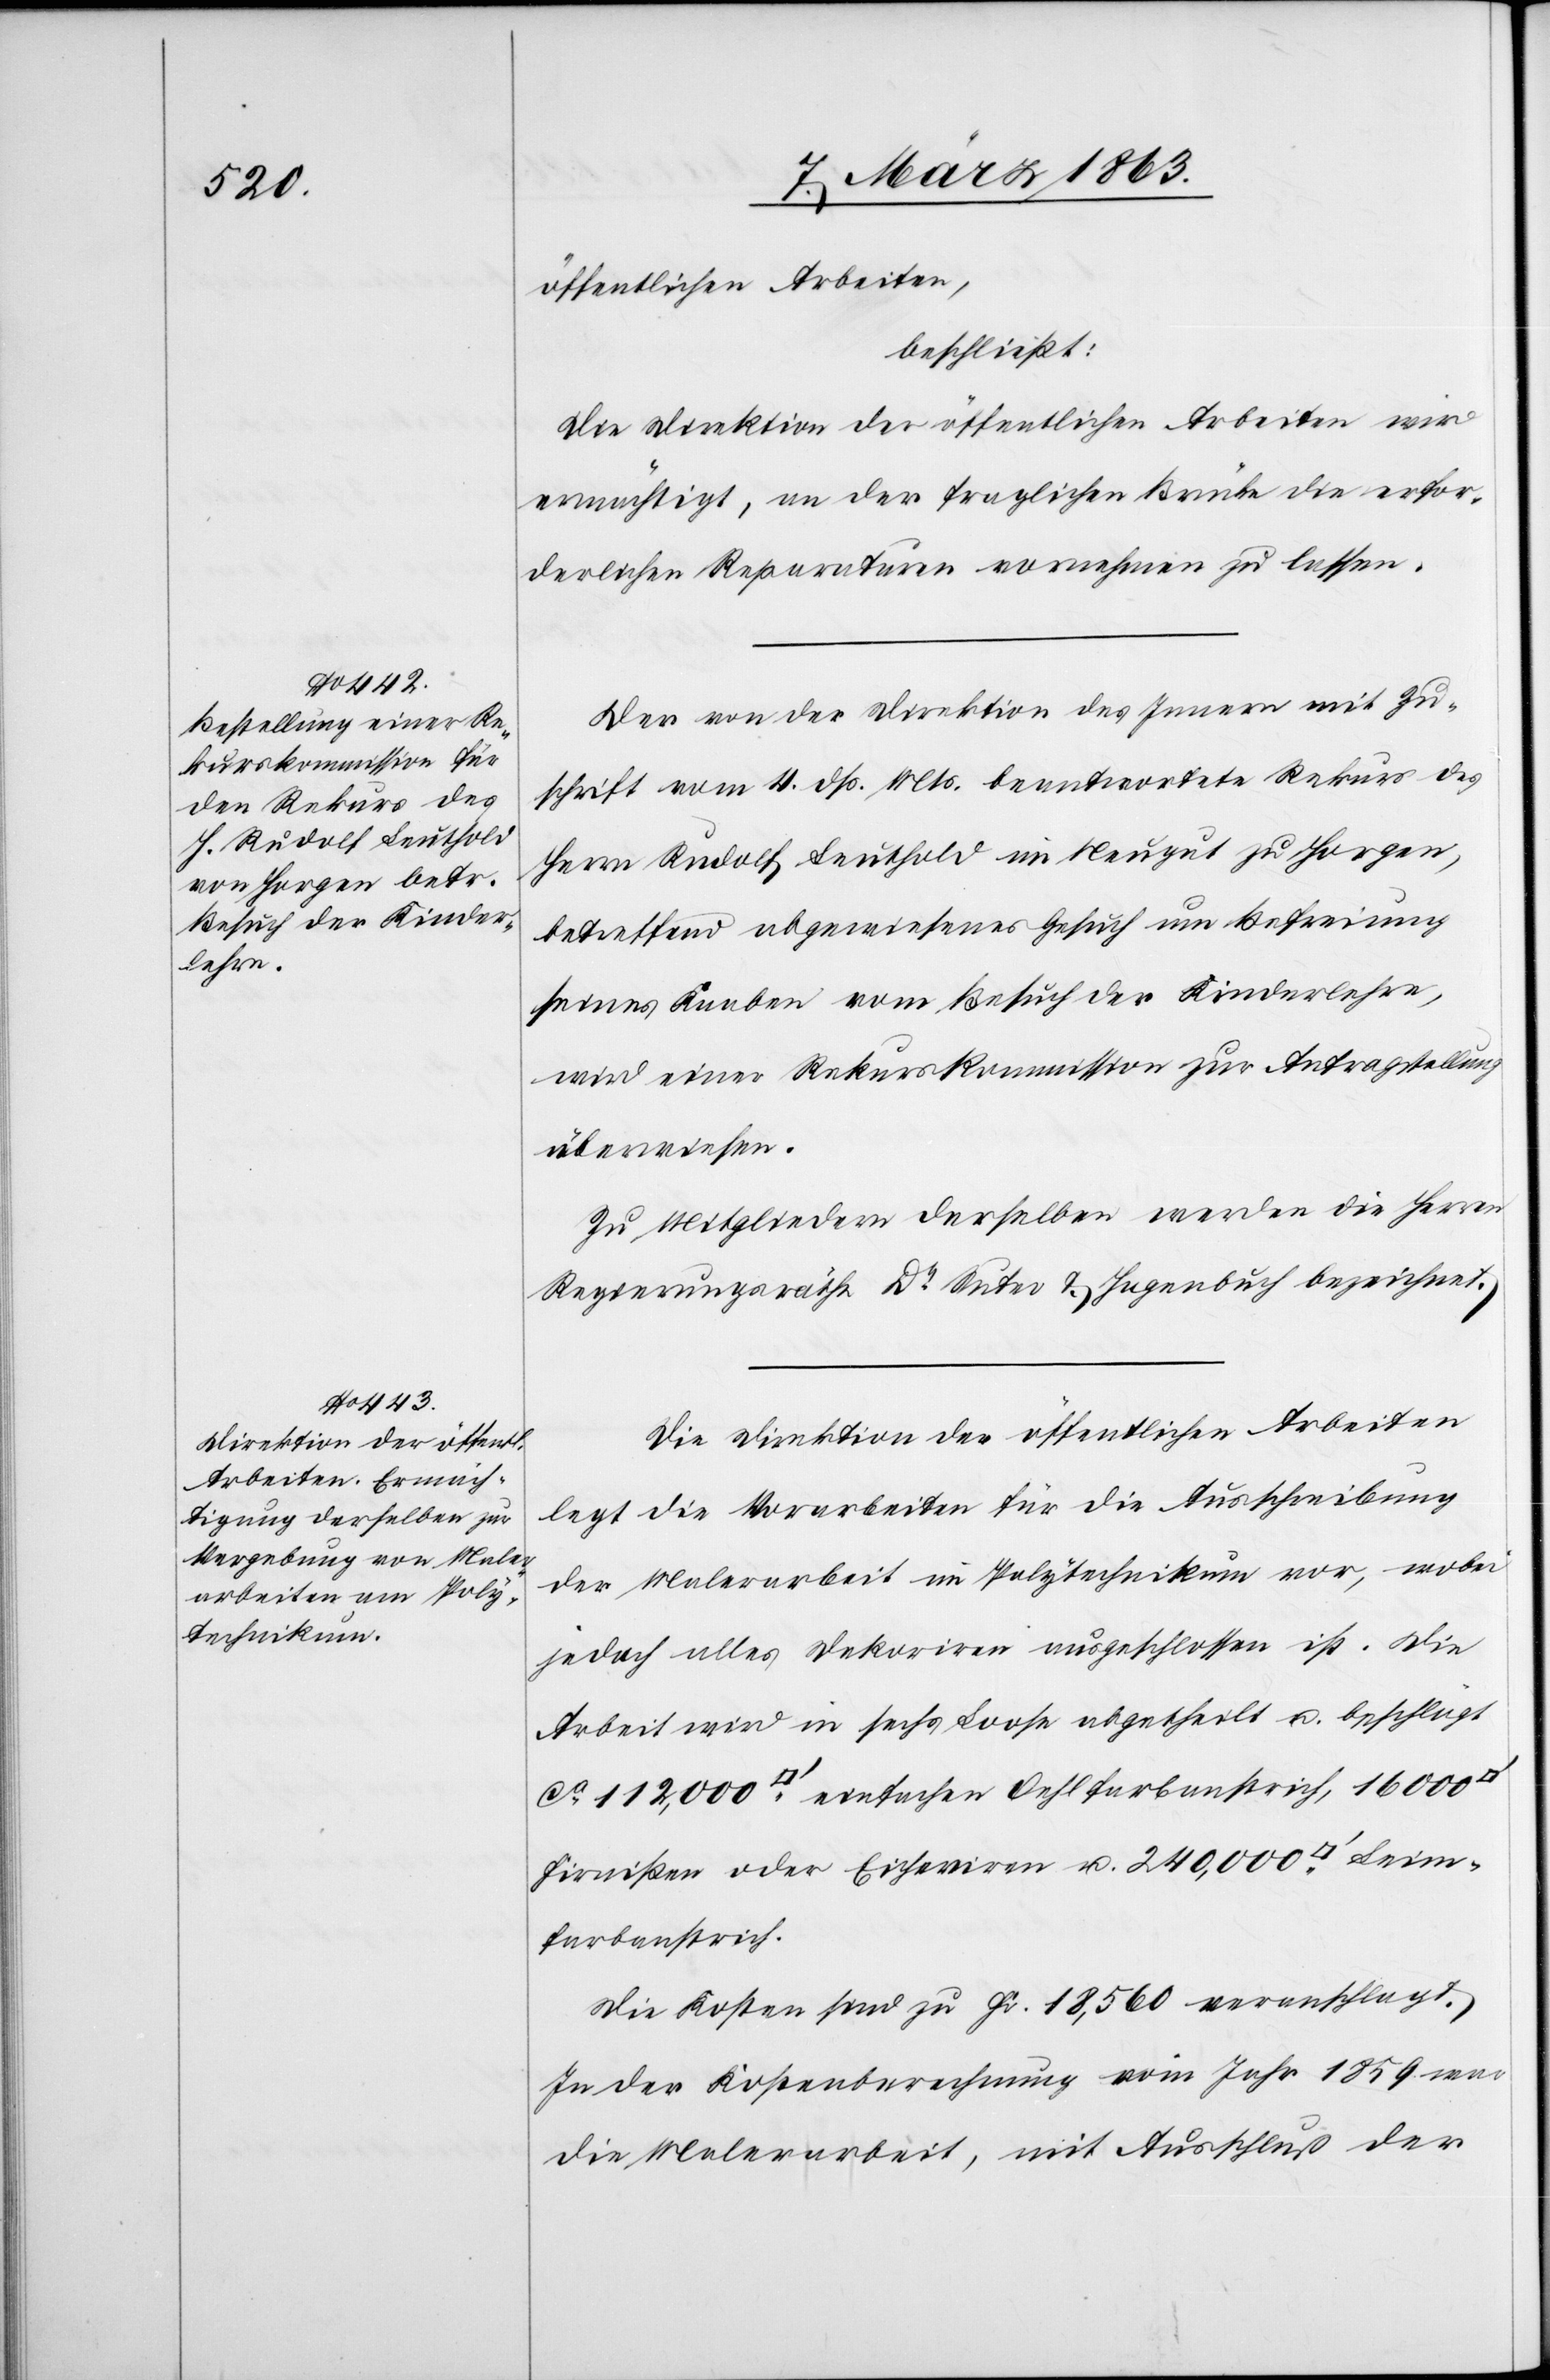
öffentlichen Arbeiten,
beschließt:
Die Direktion der öffentlichen Arbeiten wird
ermächtigt, an der fraglichen Brücke die erfor¬
derlichen Reparaturen vornehmen zu lassen.
Der von der Direktion des Innern mit Zu¬
schrift vom 4. dß. Mts. beantwortete Rekurs des
Herrn Rudolf Leuthold im Neugut zu Horgen,
betreffend abgewiesenes Gesuch um Befreiung
seines Knaben vom Besuch der Kinderlehre,
wird einer Rekurskommission zur Antragstellung
überwiesen.
Zu Mitgliedern derselben werden die Herren
Regierungsräthe Dr Suter & Hagenbuch bezeichnet.
Die Direktion der öffentlichen Arbeiten
legt die Vorarbeiten für die Ausschreibung
der Malerarbeit im Polytechnikum vor, wobei
jedoch alles Dekoriren ausgeschlossen ist. Die
Arbeit wird in sechs Loose abgetheilt u. beschlägt
ca 112,000 [Quadratfuss] einfacher Oehlfarbanstrich, 16 000
Firnißen oder Eicheriren u. 240,000 [Quadratfuss] Leim¬
farbanstrich.
Die Kosten sind zu Fr. 18,560 veranschlagt.
In der Kostenberechnung vom Jahr 1859 war
die Malerarbeit, mit Ausschluß der